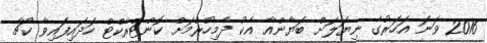
2016 ވަނަ އަހަރުގެ ނިޔަލަށް ބަޔާންއާ އެކު ދެމިހުރުމަށް ކޮންޓްރެކްޓް ހަދައިފައިވާ ކޯޗާ